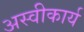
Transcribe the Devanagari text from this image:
अस्‍वीकार्य